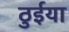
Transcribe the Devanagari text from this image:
ठुईया